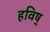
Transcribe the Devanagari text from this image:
हविष्